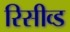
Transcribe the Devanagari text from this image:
रिसीव्ड